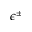
\epsilon ^ { \pm }